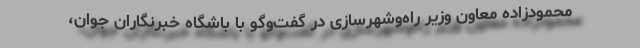
محمودزاده معاون وزیر راه‌وشهرسازی در گفت‌وگو با باشگاه خبرنگاران جوان،